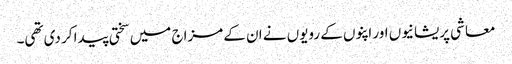
معاشی پریشانیوں اور اپنوں کے رویوں نے ان کے مزاج میں سختی پیدا کر دی تھی۔